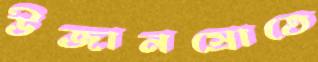
উজানস্রোতে